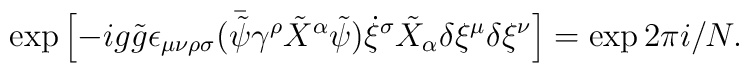
\exp \left[ -ig \tilde{g} \epsilon_{\mu\nu\rho\sigma} (\bar{\tilde{\psi}}   \gamma^\rho \tilde{X}^\alpha \tilde{\psi}) \dot{\xi}^\sigma   \tilde{X}_\alpha \delta \xi^\mu \delta \xi^\nu \right] = \exp 2 \pi i/N.